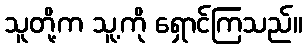
သူတို့က သူ့ကို ရှောင်ကြသည်။